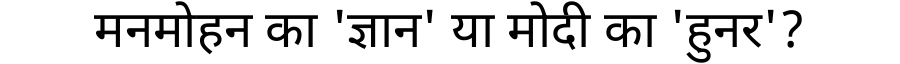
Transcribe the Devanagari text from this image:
मनमोहन का 'ज्ञान' या मोदी का 'हुनर'?